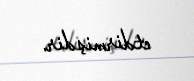
etdirmişdir.